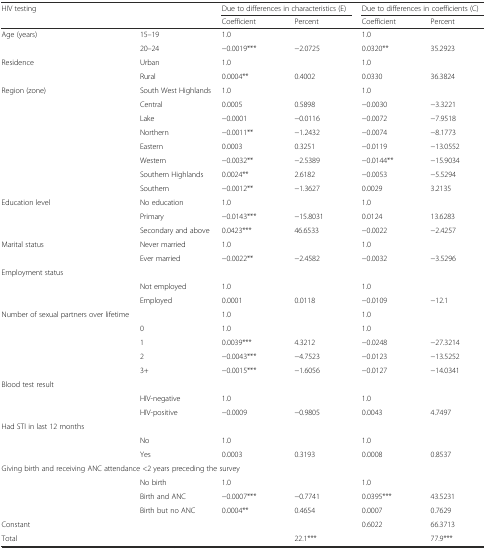
<table><thead><tr><td rowspan="2"><b>HIV testing</b></td><td rowspan="2"></td><td colspan="2"><b>Due to differences in characteristics (E)</b></td><td colspan="2"><b>Due to differences in coefficients (C)</b></td></tr><tr><td><b>Coefficient</b></td><td><b>Percent</b></td><td><b>Coefficient</b></td><td><b>Percent</b></td></tr></thead><tbody><tr><td rowspan="2">Age (years)</td><td>15–19</td><td>1.0</td><td></td><td>1.0</td><td></td></tr><tr><td>20–24</td><td>−0.0019***</td><td>−2.0725</td><td>0.0320**</td><td>35.2923</td></tr><tr><td rowspan="2">Residence</td><td>Urban</td><td>1.0</td><td></td><td>1.0</td><td></td></tr><tr><td>Rural</td><td>0.0004**</td><td>0.4002</td><td>0.0330</td><td>36.3824</td></tr><tr><td rowspan="8">Region (zone)</td><td>South West Highlands</td><td>1.0</td><td></td><td>1.0</td><td></td></tr><tr><td>Central</td><td>0.0005</td><td>0.5898</td><td>−0.0030</td><td>−3.3221</td></tr><tr><td>Lake</td><td>−0.0001</td><td>−0.0116</td><td>−0.0072</td><td>−7.9518</td></tr><tr><td>Northern</td><td>−0.0011**</td><td>−1.2432</td><td>−0.0074</td><td>−8.1773</td></tr><tr><td>Eastern</td><td>0.0003</td><td>0.3251</td><td>−0.0119</td><td>−13.0552</td></tr><tr><td>Western</td><td>−0.0032**</td><td>−2.5389</td><td>−0.0144**</td><td>−15.9034</td></tr><tr><td>Southern Highlands</td><td>0.0024**</td><td>2.6182</td><td>−0.0053</td><td>−5.5294</td></tr><tr><td>Southern</td><td>−0.0012**</td><td>−1.3627</td><td>0.0029</td><td>3.2135</td></tr><tr><td rowspan="3">Education level</td><td>No education</td><td>1.0</td><td></td><td>1.0</td><td></td></tr><tr><td>Primary</td><td>−0.0143***</td><td>−15.8031</td><td>0.0124</td><td>13.6283</td></tr><tr><td>Secondary and above</td><td>0.0423***</td><td>46.6533</td><td>−0.0022</td><td>−2.4257</td></tr><tr><td rowspan="2">Marital status</td><td>Never married</td><td>1.0</td><td></td><td>1.0</td><td></td></tr><tr><td>Ever married</td><td>−0.0022**</td><td>−2.4582</td><td>−0.0032</td><td>−3.5296</td></tr><tr><td colspan="6">Employment status</td></tr><tr><td></td><td>Not employed</td><td>1.0</td><td></td><td>1.0</td><td></td></tr><tr><td></td><td>Employed</td><td>0.0001</td><td>0.0118</td><td>−0.0109</td><td>−12.1</td></tr><tr><td rowspan="5">Number of sexual partners over lifetime</td><td></td><td>1.0</td><td></td><td>1.0</td><td></td></tr><tr><td>0</td><td>1.0</td><td></td><td>1.0</td><td></td></tr><tr><td>1</td><td>0.0039***</td><td>4.3212</td><td>−0.0248</td><td>−27.3214</td></tr><tr><td>2</td><td>−0.0043***</td><td>−4.7523</td><td>−0.0123</td><td>−13.5252</td></tr><tr><td>3+</td><td>−0.0015***</td><td>−1.6056</td><td>−0.0127</td><td>−14.0341</td></tr><tr><td colspan="6">Blood test result</td></tr><tr><td></td><td>HIV-negative</td><td>1.0</td><td></td><td>1.0</td><td></td></tr><tr><td></td><td>HIV-positive</td><td>−0.0009</td><td>−0.9805</td><td>0.0043</td><td>4.7497</td></tr><tr><td colspan="6">Had STI in last 12 months</td></tr><tr><td></td><td>No</td><td>1.0</td><td></td><td>1.0</td><td></td></tr><tr><td></td><td>Yes</td><td>0.0003</td><td>0.3193</td><td>0.0008</td><td>0.8537</td></tr><tr><td colspan="6">Giving birth and receiving ANC attendance &lt;2 years preceding the survey</td></tr><tr><td></td><td>No birth</td><td>1.0</td><td></td><td>1.0</td><td></td></tr><tr><td></td><td>Birth and ANC</td><td>−0.0007***</td><td>−0.7741</td><td>0.0395***</td><td>43.5231</td></tr><tr><td></td><td>Birth but no ANC</td><td>0.0004**</td><td>0.4654</td><td>0.0007</td><td>0.7629</td></tr><tr><td>Constant</td><td></td><td></td><td></td><td>0.6022</td><td>66.3713</td></tr><tr><td>Total</td><td></td><td></td><td>22.1***</td><td></td><td>77.9***</td></tr></tbody></table>